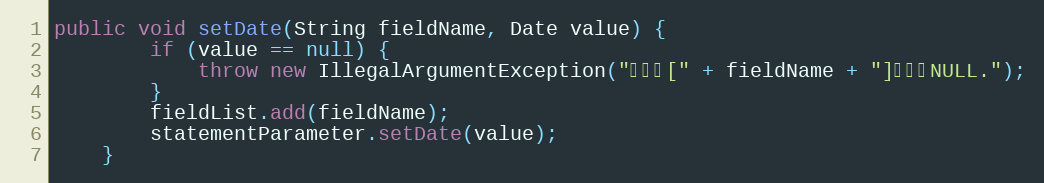
Language: Java
public void setDate(String fieldName, Date value) {
		if (value == null) {
			throw new IllegalArgumentException("参数值[" + fieldName + "]不能为NULL.");
		}
		fieldList.add(fieldName);
		statementParameter.setDate(value);
	}